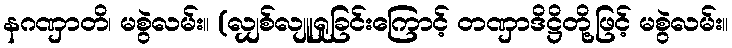
နဂဏှာတိ၊ မစွဲလမ်း။ (လျှစ်လျူရှုခြင်းကြောင့် တဏှာဒိဋ္ဌိတို့ဖြင့် မစွဲလမ်း။